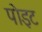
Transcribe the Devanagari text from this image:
पोइट